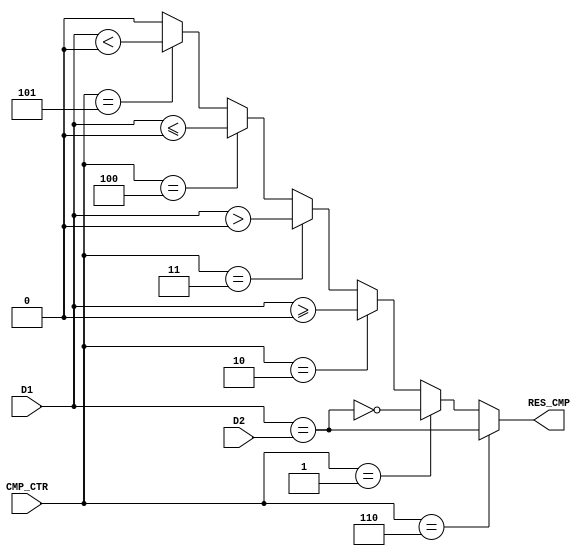
`timescale 1ns / 1ps
//////////////////////////////////////////////////////////////////////////////////
// Company: 
// Engineer: 
// 
// Design Name: 
// Module Name: cmp
// Project Name: 
// Target Devices: 
// Tool Versions: 
// Description: 
// 
// Dependencies: 
// 
// Revision:
// Revision 0.01 - File Created
// Additional Comments:
// 
//////////////////////////////////////////////////////////////////////////////////


module cmp(
    input [31:0] D1,
    input [31:0] D2,
    input [2:0] CMP_CTR,
    output RES_CMP
    );

    wire EQ, LEZ, GTZ, LTZ, GEZ;
    assign EQ = (D1 == D2);
	assign GEZ = ($signed(D1) >= 0);
	assign GTZ = ($signed(D1) > 0);
	assign LEZ = ($signed(D1) <= 0);
	assign LTZ = ($signed(D1) < 0);

    assign RES_CMP = (CMP_CTR == 3'b110)? EQ:
                     (CMP_CTR == 3'b001)? ~EQ:
                     (CMP_CTR == 3'b010)? GEZ:
                     (CMP_CTR == 3'b011)? GTZ:
                     (CMP_CTR == 3'b100)? LEZ:
                     (CMP_CTR == 3'b101)? LTZ:
                                         1'b0;

endmodule